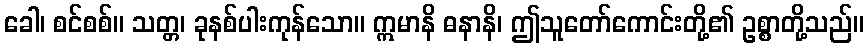
ခေါ၊ စင်စစ်။ သတ္တ၊ ခုနစ်ပါးကုန်သော။ ဣမာနိ ဓနာနိ၊ ဤသူတော်ကောင်းတို့၏ ဥစ္စာတို့သည်။